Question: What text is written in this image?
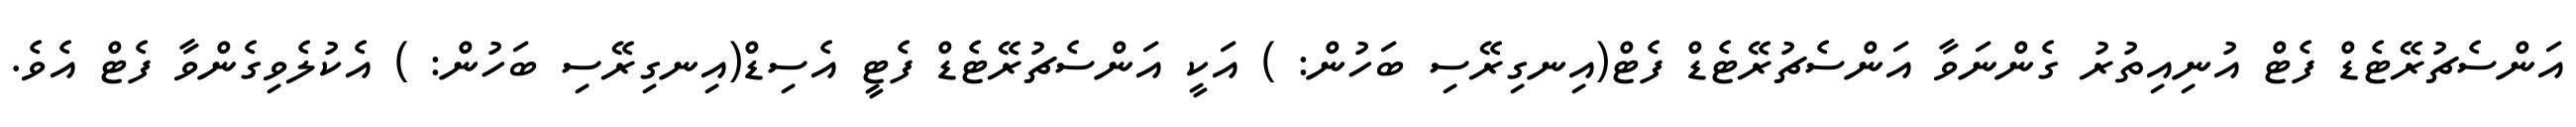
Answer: އަންސެޗުރޭޓެޑް ފެޓް އުނިއިތުރު ގެންނަވާ އަންސެޗުރޭޓެޑް ފެޓް(އިނގިރޭސި ބަހުން: ) އަކީ އަންސެޗުރޭޓެޑް ފެޓީ އެސިޑް(އިނގިރޭސި ބަހުން: ) އެކުލެވިގެންވާ ފެޓް އެވެ.